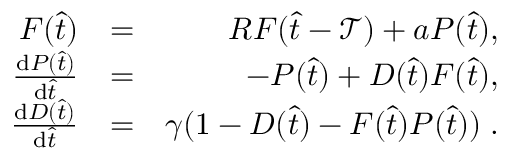
\begin{array} { r l r } { F ( \hat { t } ) } & { = } & { R F ( \hat { t } - \mathcal { T } ) + a P ( \hat { t } ) , } \\ { \frac { \mathrm { d } P ( \hat { t } ) } { \mathrm { d } \hat { t } } } & { = } & { - P ( \hat { t } ) + D ( \hat { t } ) F ( \hat { t } ) , } \\ { \frac { \mathrm { d } D ( \hat { t } ) } { \mathrm { d } \hat { t } } } & { = } & { \gamma ( 1 - D ( \hat { t } ) - F ( \hat { t } ) P ( \hat { t } ) ) \; . } \end{array}